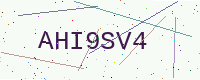
Text: AHI9SV4